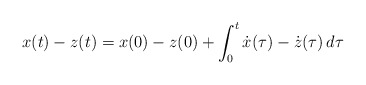
\begin{align*}x(t)-z(t) = x(0)-z(0)+\int_0^t \dot{x}(\tau)-\dot{z}(\tau) \,d\tau\end{align*}